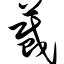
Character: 蒇